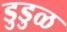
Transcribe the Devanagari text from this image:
डुडुळ